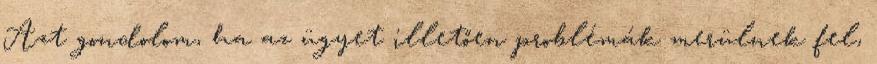
Azt gondolom, ha az ügyet illetően problémák merülnek fel,